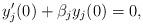
LaTeX: \begin{align*}y^{\prime}_j (0) + \beta_j y_j (0) = 0, \end{align*}